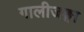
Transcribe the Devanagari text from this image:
गालीजङ्गा